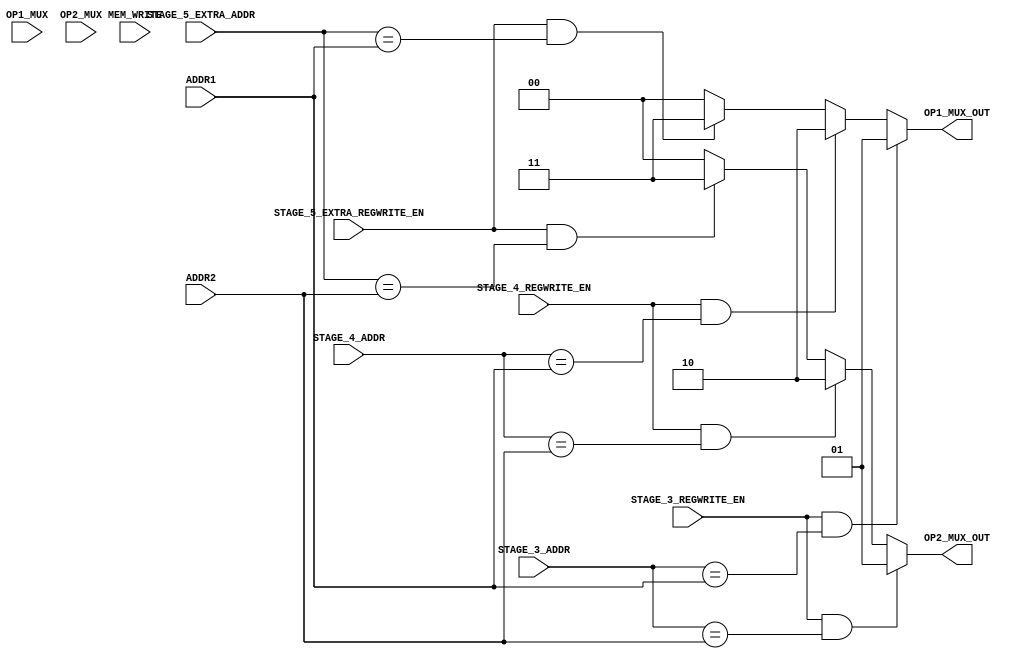

`timescale 1ns/100ps

module stage3_forward_unit(MEM_WRITE, ADDR1, ADDR2, OP1_MUX, OP2_MUX, STAGE_3_ADDR, STAGE_3_REGWRITE_EN, STAGE_4_ADDR, STAGE_4_REGWRITE_EN, STAGE_5_EXTRA_ADDR, STAGE_5_EXTRA_REGWRITE_EN, OP1_MUX_OUT, OP2_MUX_OUT);

    input [4:0] ADDR1, ADDR2; //declare the inputs
    input OP1_MUX, OP2_MUX;
    input [4:0] STAGE_3_ADDR, STAGE_4_ADDR, STAGE_5_EXTRA_ADDR;
    input STAGE_3_REGWRITE_EN, STAGE_4_REGWRITE_EN, STAGE_5_EXTRA_REGWRITE_EN;
    input MEM_WRITE; //  data memory write enabke signal
    output reg [1:0] OP1_MUX_OUT, OP2_MUX_OUT; // declare the outputs as registers

    always @ (*) // always block to simulate the procedure
    begin
        // The logic flow for the operand 1
        if (STAGE_3_REGWRITE_EN == 1'b1 && STAGE_3_ADDR == ADDR1)
            begin
                // fowarding the data from stage 3
                OP1_MUX_OUT = 2'b01;
            end
        else if (STAGE_4_REGWRITE_EN == 1'b1 && STAGE_4_ADDR == ADDR1)
            begin
                // fowarding the data from stage 4
                OP1_MUX_OUT = 2'b10;
            end
        else if (STAGE_5_EXTRA_REGWRITE_EN == 1'b1 && STAGE_5_EXTRA_ADDR == ADDR1)
            begin
                // fowarding the data from stage 5 extra stage for forwarding
                OP1_MUX_OUT = 2'b11;
            end
        else
            begin
                // no fowarding
                OP1_MUX_OUT = 2'b00;
            end
       
        
        // The logic flow for the operand 1
        if (STAGE_3_REGWRITE_EN == 1'b1 && STAGE_3_ADDR == ADDR2)
            begin
                // fowarding the data from stage 3
                OP2_MUX_OUT = 2'b01;
            end
        else if (STAGE_4_REGWRITE_EN == 1'b1 && STAGE_4_ADDR == ADDR2)
            begin
                // fowarding the data from stage 4
                OP2_MUX_OUT = 2'b10;
            end
        else if (STAGE_5_EXTRA_REGWRITE_EN == 1'b1 && STAGE_5_EXTRA_ADDR == ADDR2)
            begin
                // fowarding the data from stage 5 extra stage for forwarding
                OP2_MUX_OUT = 2'b11;
            end
        else
            begin
                // no fowarding
                OP2_MUX_OUT = 2'b00;
            end

        
    end
    
endmodule